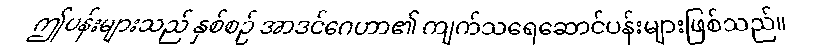
ဤပန်းများသည် နှစ်စဉ် အာဒင်ဂေဟာ၏ ကျက်သရေဆောင်ပန်းများဖြစ်သည်။